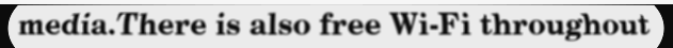
media.There is also free Wi-Fi throughout